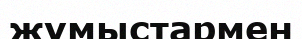
жүмыстармен